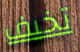
تخيف